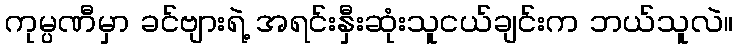
ကုမ္ပဏီမှာ ခင်ဗျားရဲ့ အရင်းနှီးဆုံးသူငယ်ချင်းက ဘယ်သူလဲ။